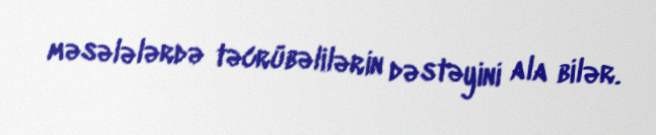
məsələlərdə təcrübəlilərin dəstəyini ala bilər.